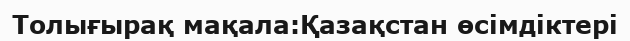
Толығырақ мақала:Қазақстан өсімдіктері